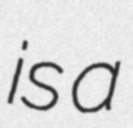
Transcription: is a